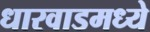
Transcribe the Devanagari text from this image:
धारवाडमध्ये